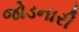
જોડનારી